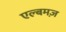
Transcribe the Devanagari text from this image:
एल्बमज़